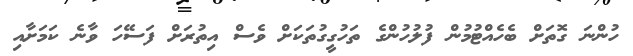
ހުންނަ ގޮތަށް ބެހެއްޓުމުން ފުލުހުންގެ ތަހުގީގުތަކަށް ވެސް އިތުރަށް ފަސޭހަ ވާނެ ކަމަށާއި